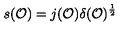
s ( { \cal O } ) = j ( { \cal O } ) \delta ( { \cal O } ) ^ { \frac { 1 } { 2 } }